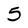
Character: 5